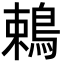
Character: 鵣